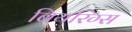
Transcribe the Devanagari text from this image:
बियरिंग्स